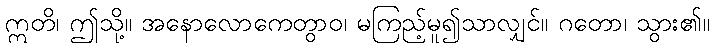
ဣတိ၊ ဤသို့။ အနောလောကေတွာဝ၊ မကြည့်မူ၍သာလျှင်။ ဂတော၊ သွား၏။